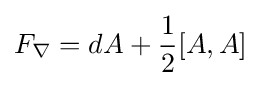
F_{\nabla }=dA+{\frac {1}{2}}[A,A]